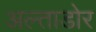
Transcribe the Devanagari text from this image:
अल्ताडोर